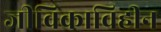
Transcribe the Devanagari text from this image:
जीविकाविहीन